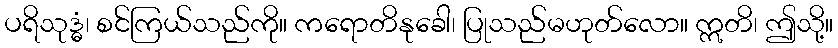
ပရိသုဒ္ဓံ၊ စင်ကြယ်သည်ကို။ ကရောတိနုခေါ၊ ပြုသည်မဟုတ်လော။ ဣတိ၊ ဤသို့။